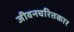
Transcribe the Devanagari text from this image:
जीवनचरितकार